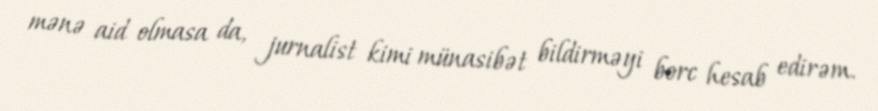
mənə aid olmasa da, jurnalist kimi münasibət bildirməyi borc hesab edirəm.